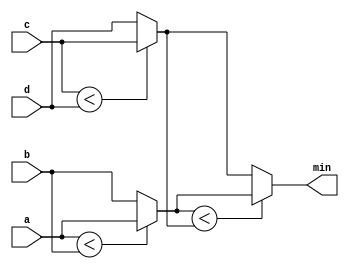
/**
 * Given four unsigned numbers, find the minimum. Unsigned numbers can be compared with standard comparison operators (a < b). Use the conditional operator to make two-way min circuits, then compose a few of them to create a 4-way min circuit. You'll probably want some wire vectors for the intermediate results.
 */

module top_module (
    input [7:0] a, b, c, d,
    output [7:0] min);//

    wire [7:0] s1, s2;
    
    // assign intermediate_result1 = compare? true: false;
    assign s1 = a < b ? a : b;
    assign s2 = c < d ? c : d;
    assign min = s1 < s2 ? s1 : s2;

endmodule